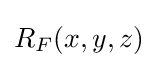
R_{F}(x,y,z)